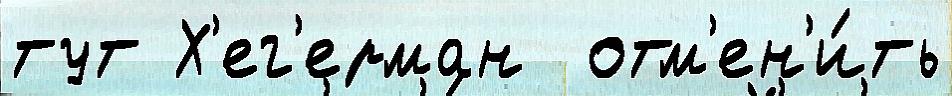
тут Х'ег'ерман  отм'ен'и́ть